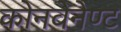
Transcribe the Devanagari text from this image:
कोनवेनेण्ट